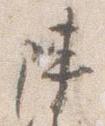
陣